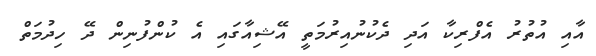
އާއި އުތުރު އެފްރިކާ އަދި ދެކުނުއިރުމަތީ އޭޝިއާގައި އެ ކުންފުނިން ދޭ ހިދުމަތް